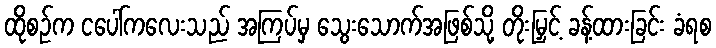
ထိုစဉ်က ငပေါ်ကလေးသည် အကြပ်မှ သွေးသောက်အဖြစ်သို့ တိုးမြှင့် ခန့်ထားခြင်း ခံရစ